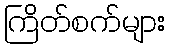
ကြိတ်စက်များ